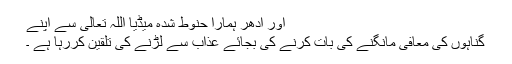
اور ادھر ہمارا حنوط شدہ میڈیا اللہ تعالیٰ سے اپنے
گناہوں کی معافی مانگنے کی بات کرنے کی بجائے عذاب سے لڑنے کی تلقین کررہا ہے ۔